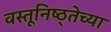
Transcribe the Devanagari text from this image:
वस्तूनिष्ठ्तेच्या